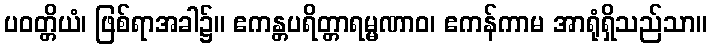
ပဝတ္တိယံ၊ ဖြစ်ရာအခါ၌။ ဧကန္တပရိတ္တာရမ္မဏာဝ၊ ဧကန်ကာမ အာရုံရှိသည်သာ။